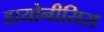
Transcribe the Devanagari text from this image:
डायोनीसिस